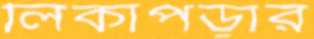
লিকাপড়ার